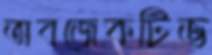
অবজেকটিভ